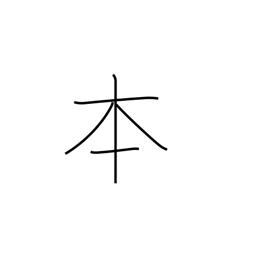
Meaning: counter for long cylindrical things